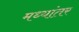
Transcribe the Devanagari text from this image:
मध्‍यांतर